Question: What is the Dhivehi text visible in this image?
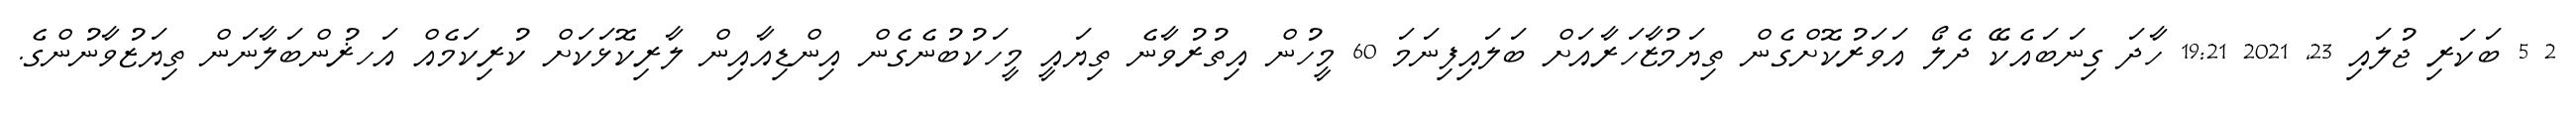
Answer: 2 5 ބަކަރި ޖުލައި 23, 2021 19:21 ހާދަ ގިނަބައެކޭ ދެލޯ އަވަރުކޮށްގެން ތިޔަމުޒާހަރާއަށް ބަލައިފިނަމަ 60 މީހުން އިތުރުވާނެ ތިޔައީ މީހަކުބުނެގެން އިންޑިއާއިން ލާރިކޮޅަކަށް ކުރިކަމެއް އަހޜުންބަލާނަން ތިޔަޒުވާނުންގެ.